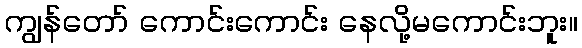
ကျွန်တော် ကောင်းကောင်း နေလို့မကောင်းဘူး။